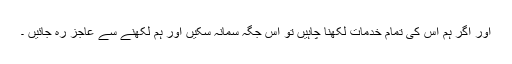
اور اگر ہم اس کی تمام خدمات لکھنا چاہیں تو اس جگہ سمانہ سکیں اور ہم لکھنے سے عاجز رہ جائیں ۔